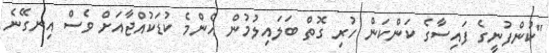
"ކުންފުނީގެ ފައިސާގެ ކަންކަން ހުރި ގޮތް ބަލައިލުމުން އެންމެ ކުޑަކުއްޖާއަށް ވެސް އިނގޭނެ